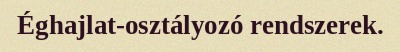
Éghajlat-osztályozó rendszerek.